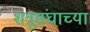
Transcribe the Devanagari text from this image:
शत्रूसंघाच्या